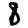
Digit: 8